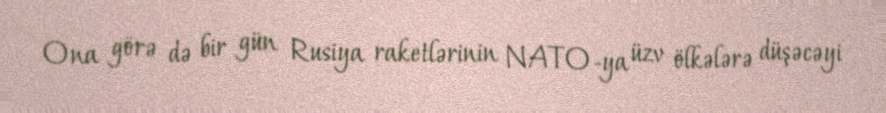
Ona görə də bir gün Rusiya raketlərinin NATO-ya üzv ölkələrə düşəcəyi